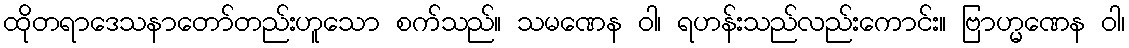
ထိုတရာဒေသနာတော်တည်းဟူသော စက်သည်။ သမဏေန ဝါ၊ ရဟန်းသည်လည်းကောင်း။ ဗြာဟ္မဏေန ဝါ၊